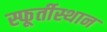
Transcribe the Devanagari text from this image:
स्फूर्तीस्थान